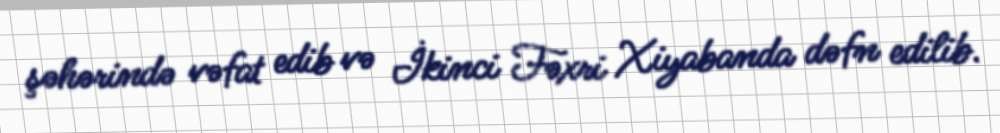
şəhərində vəfat edib və İkinci Fəxri Xiyabanda dəfn edilib.